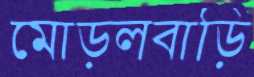
মোড়লবাড়ি